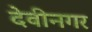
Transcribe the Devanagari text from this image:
देवीनगर